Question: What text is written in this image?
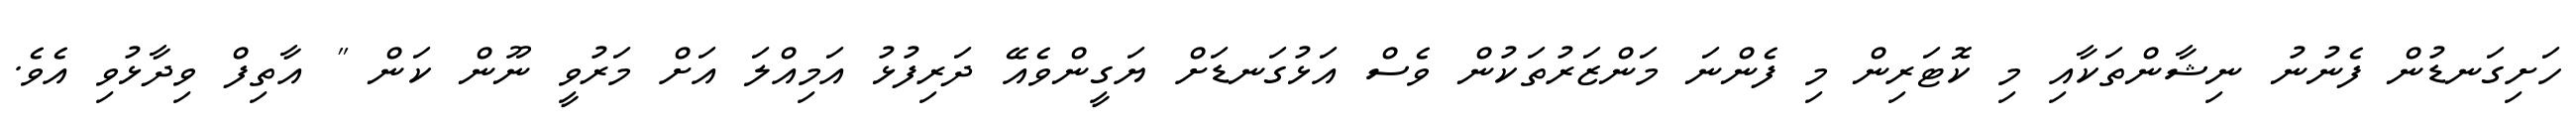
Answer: ހަށިގަނޑުން ފެނުނު ނިޝާންތަކާއި މި ކޮޓަރިން މި ފެންނަ މަންޒަރުތަކުން ވެސް އަޅުގަނޑަށް ޔަގީންވެއޭ ދަރިފުޅު އަމިއްލަ އަށް މަރުވީ ނޫން ކަން " އާތިފް ވިދާޅުވި އެވެ.